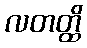
လတတ္ထိ